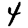
Digit: 4